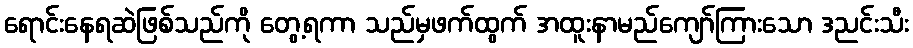
ရောင်းနေရဆဲဖြစ်သည်ကို တွေ့ရကာ သည်မှဖက်ထွက် အထူးနာမည်ကျော်ကြားသော ဒညင်းသီး